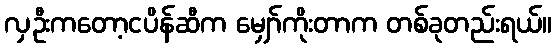
လှဦးကတော့ငပိန်ဆီက မျှော်ကိုးတာက တစ်ခုတည်းရယ်။